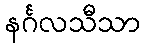
နင်္ဂလသီသာ